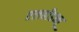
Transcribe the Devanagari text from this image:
एलबीडब्लू